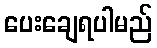
ပေးချေရပါမည်